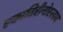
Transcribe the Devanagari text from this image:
एकातिरीनोस्लाव